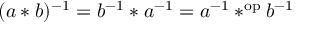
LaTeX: ( a * b ) ^ { - 1 } = b ^ { - 1 } * a ^ { - 1 } = a ^ { - 1 } * ^ { \mathrm { o p } } b ^ { - 1 }